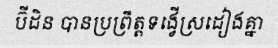
ប៊ីដិន បានប្រព្រឹត្តទង្វើស្រដៀងគ្នា